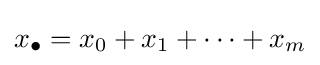
x_{\bullet }=x_{0}+x_{1}+\cdots +x_{m}